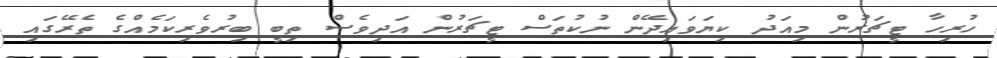
ހުރިހާ ޓީޗަރުން މިއަދު ކިޔަވައިދޭން ނުކުތަސް ޓީޗަރުން އަދިވެސް ތިބީ ބިރުވެރިކަމެއްގެ ތެރޭގައި